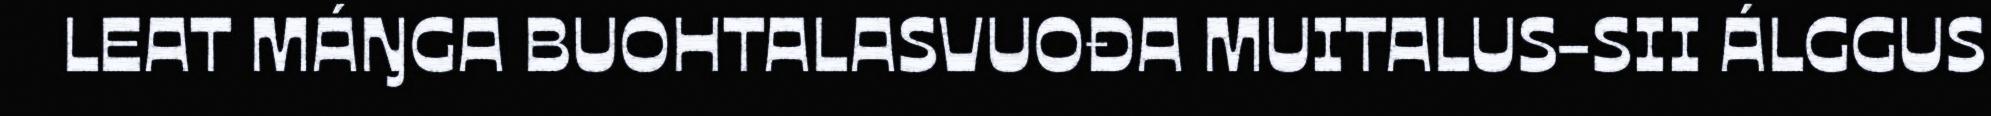
LEAT MÁŊGA BUOHTALASVUOĐA MUITALUS-SII ÁLGGUS